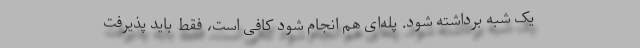
یک شبه برداشته شود. پله‌ای هم انجام شود کافی است، فقط باید پذیرفت